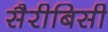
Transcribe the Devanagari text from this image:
सैरीबिसी